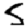
Digit: 5